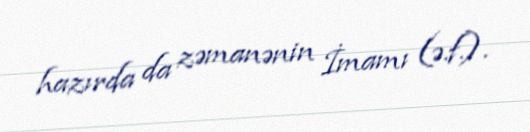
hazırda da zəmanənin İmamı (ə.f.).